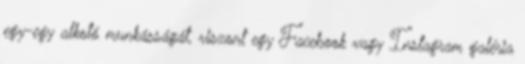
egy-egy alkotó munkásságát, viszont egy Facebook vagy Instagram galéria